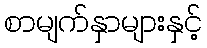
စာမျက်နှာများနှင့်